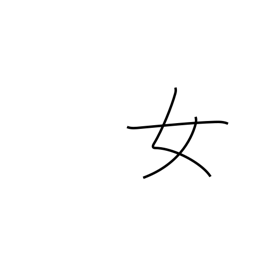
Meaning: woman